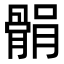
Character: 𩩐